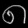
Digit: ၈